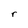
Character: r